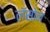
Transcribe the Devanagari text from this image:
लॅसोन